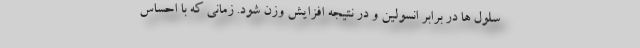
سلول ها در برابر انسولین و در نتیجه افزایش وزن شود. زمانی که با احساس